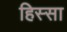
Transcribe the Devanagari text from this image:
हिस्सा